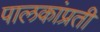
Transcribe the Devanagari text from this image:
पालकांप्रती